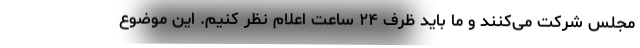
مجلس شرکت می‌کنند و ما باید ظرف ۲۴ ساعت اعلام نظر کنیم. این موضوع